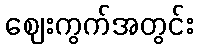
ဈေးကွက်အတွင်း